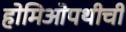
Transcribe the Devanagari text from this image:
होमिओपथीची